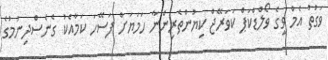
ވަގުތު އެމް ވީގެ ވޯލްޑްކަޕް ކަވަރޭޖް ކިޔުންތެރިންނާ ހަމަޔަށް ފަސޭހަ ކަމާއެކު ގެނެސްދިނުމުގެ